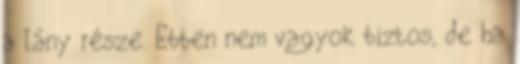
a lány része. Ebben nem vagyok biztos, de ha